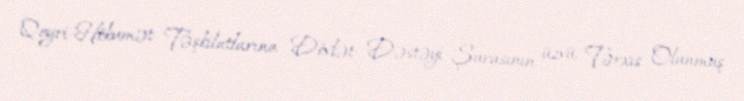
Qeyri-Hökumət Təşkilatlarına Dövlət Dəstəyi Şurasının üzvü, Tərxis Olunmuş